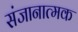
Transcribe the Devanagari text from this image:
संजानात्मक